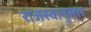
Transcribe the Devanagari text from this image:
राजस्वानुसार